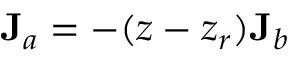
{ \bf J } _ { a } = - ( z - z _ { r } ) { \bf J } _ { b }